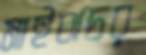
মাইঝচর